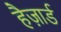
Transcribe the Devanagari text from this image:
हैज़ार्ड